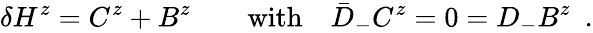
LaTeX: \delta H^{z}=C^{z}+B^{z}\qquad\mathrm{with}\quad\bar{D}_{-}C^{z}=0=D_{-}B^{z}\ \ .